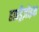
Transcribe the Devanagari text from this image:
हाइड्रैज़ोइक